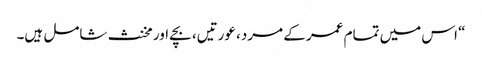
“ اس میں تمام عمر کے مرد، عورتیں، بچے اور مخنث شامل ہیں۔